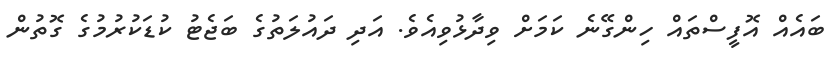
ބައެއް އޮފީސްތައް ހިންގޭނެ ކަމަށް ވިދާޅުވިއެވެ. އަދި ދައުލަތުގެ ބަޖެޓު ކުޑަކުރުމުގެ ގޮތުން